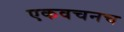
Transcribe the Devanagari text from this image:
एकवचनच